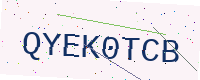
Text: QYEK0TCB